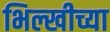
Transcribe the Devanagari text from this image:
भिल्खीच्या